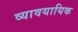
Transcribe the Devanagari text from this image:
व्‍यावयायिक